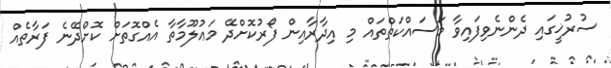
ސުރުޚީގައި ދެންނެވިފައިވާ މަސައްކަތްތައް މި އިދާރާއިން ފޯރުކޮށްދޭ މަޢުލޫމާތާ އެއްގޮތަށް ކޮށްދޭނެ ފަރާތެއް